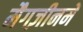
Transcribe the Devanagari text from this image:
मैगज़ीनमें